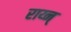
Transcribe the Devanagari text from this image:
राय्न्